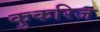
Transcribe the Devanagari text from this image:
कुकरिज